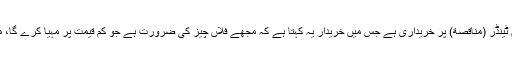
اس کے مقابلے میں ٹینڈر (مُناقَصَة) پر خریداری ہے جس میں خریدار یہ کہتا ہے کہ مجھے فلاں چیز کی ضرورت ہے جو کم قیمت پر مہیا کرے گا، میں اس سے لوں گا۔